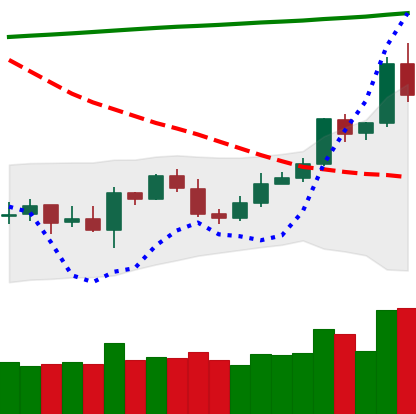
Ticker: ETC-USD
Chart end date: 2020-04-30
Forward return: 11.149%
Label: up_7plus